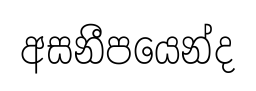
අසනීපයෙන්ද